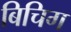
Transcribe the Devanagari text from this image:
बिचिग